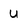
Character: U